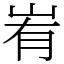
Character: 峟